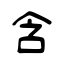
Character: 含